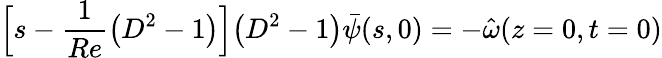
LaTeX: \Big[s-\frac{1}{Re}\big(D^{2}-1\big)\Big]\big(D^{2}-1\big)\bar{\psi}(s,0)=-\hat{\omega}(z=0,t=0)